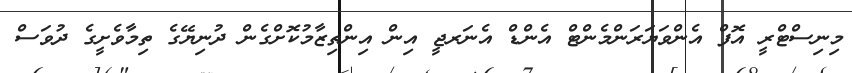
މިނިސްޓްރީ އޮފް އެންވަޔަރަންމެންޓް އެންޑް އެނަރޖީ އިން އިންތިޒާމުކޮށްގެން ދުނިޔޭގެ ތިމާވެށީގެ ދުވަސް